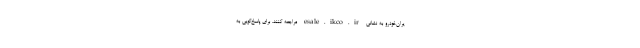
یران‌خودرو به نشانی esale.ikco.ir مراجعه کنند. برای پاسخ‌گویی به